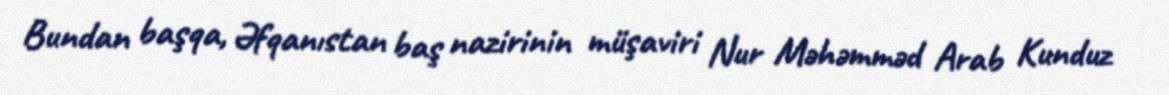
Bundan başqa, Əfqanıstan baş nazirinin müşaviri Nur Məhəmməd Arab Kunduz